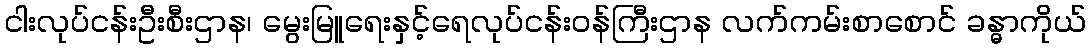
ငါးလုပ်ငန်းဦးစီးဌာန၊ မွေးမြူရေးနှင့်ရေလုပ်ငန်းဝန်ကြီးဌာန လက်ကမ်းစာစောင် ခန္ဓာကိုယ်